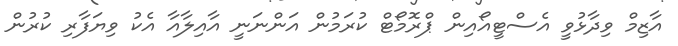
އާޒިމް ވިދާޅުވީ އެސްޓީއޯއިން ޕްރޮމޯޓް ކުރަމުން އަންނަނީ އާއިލާއާ އެކު ވިޔަފާރި ކުރުން